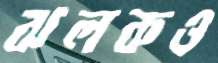
ঝলকও